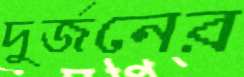
দুর্জনের